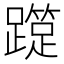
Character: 𨆑